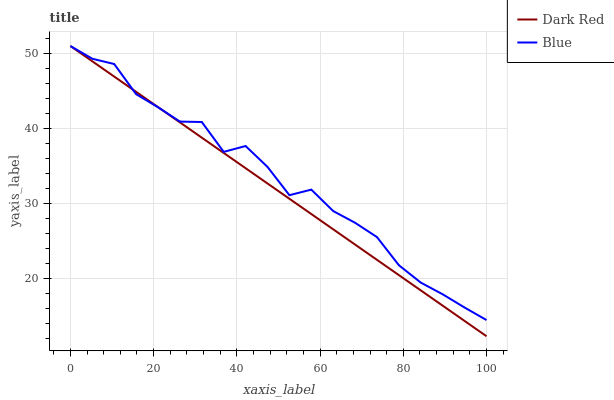
| xaxis_label | Dark Red | Blue |
 | --- | --- | --- |
 | 0 | 51 | 51 |
 | 5.26 | 49 | 49.3 |
 | 10.5 | 46.9 | 48.6 |
 | 15.8 | 44.9 | 44.6 |
 | 21.1 | 42.8 | 42.8 |
 | 26.3 | 40.8 | 40.9 |
 | 31.6 | 38.8 | 40.9 |
 | 36.8 | 36.7 | 36.9 |
 | 42.1 | 34.7 | 37.7 |
 | 47.4 | 32.7 | 34.9 |
 | 52.6 | 30.6 | 31.1 |
 | 57.9 | 28.6 | 31.8 |
 | 63.2 | 26.5 | 29 |
 | 68.4 | 24.5 | 27.4 |
 | 73.7 | 22.5 | 25.5 |
 | 78.9 | 20.4 | 21.7 |
 | 84.2 | 18.4 | 19.4 |
 | 89.5 | 16.4 | 17.9 |
 | 94.7 | 14.3 | 16.1 |
 | 100 | 12.3 | 14.4 |